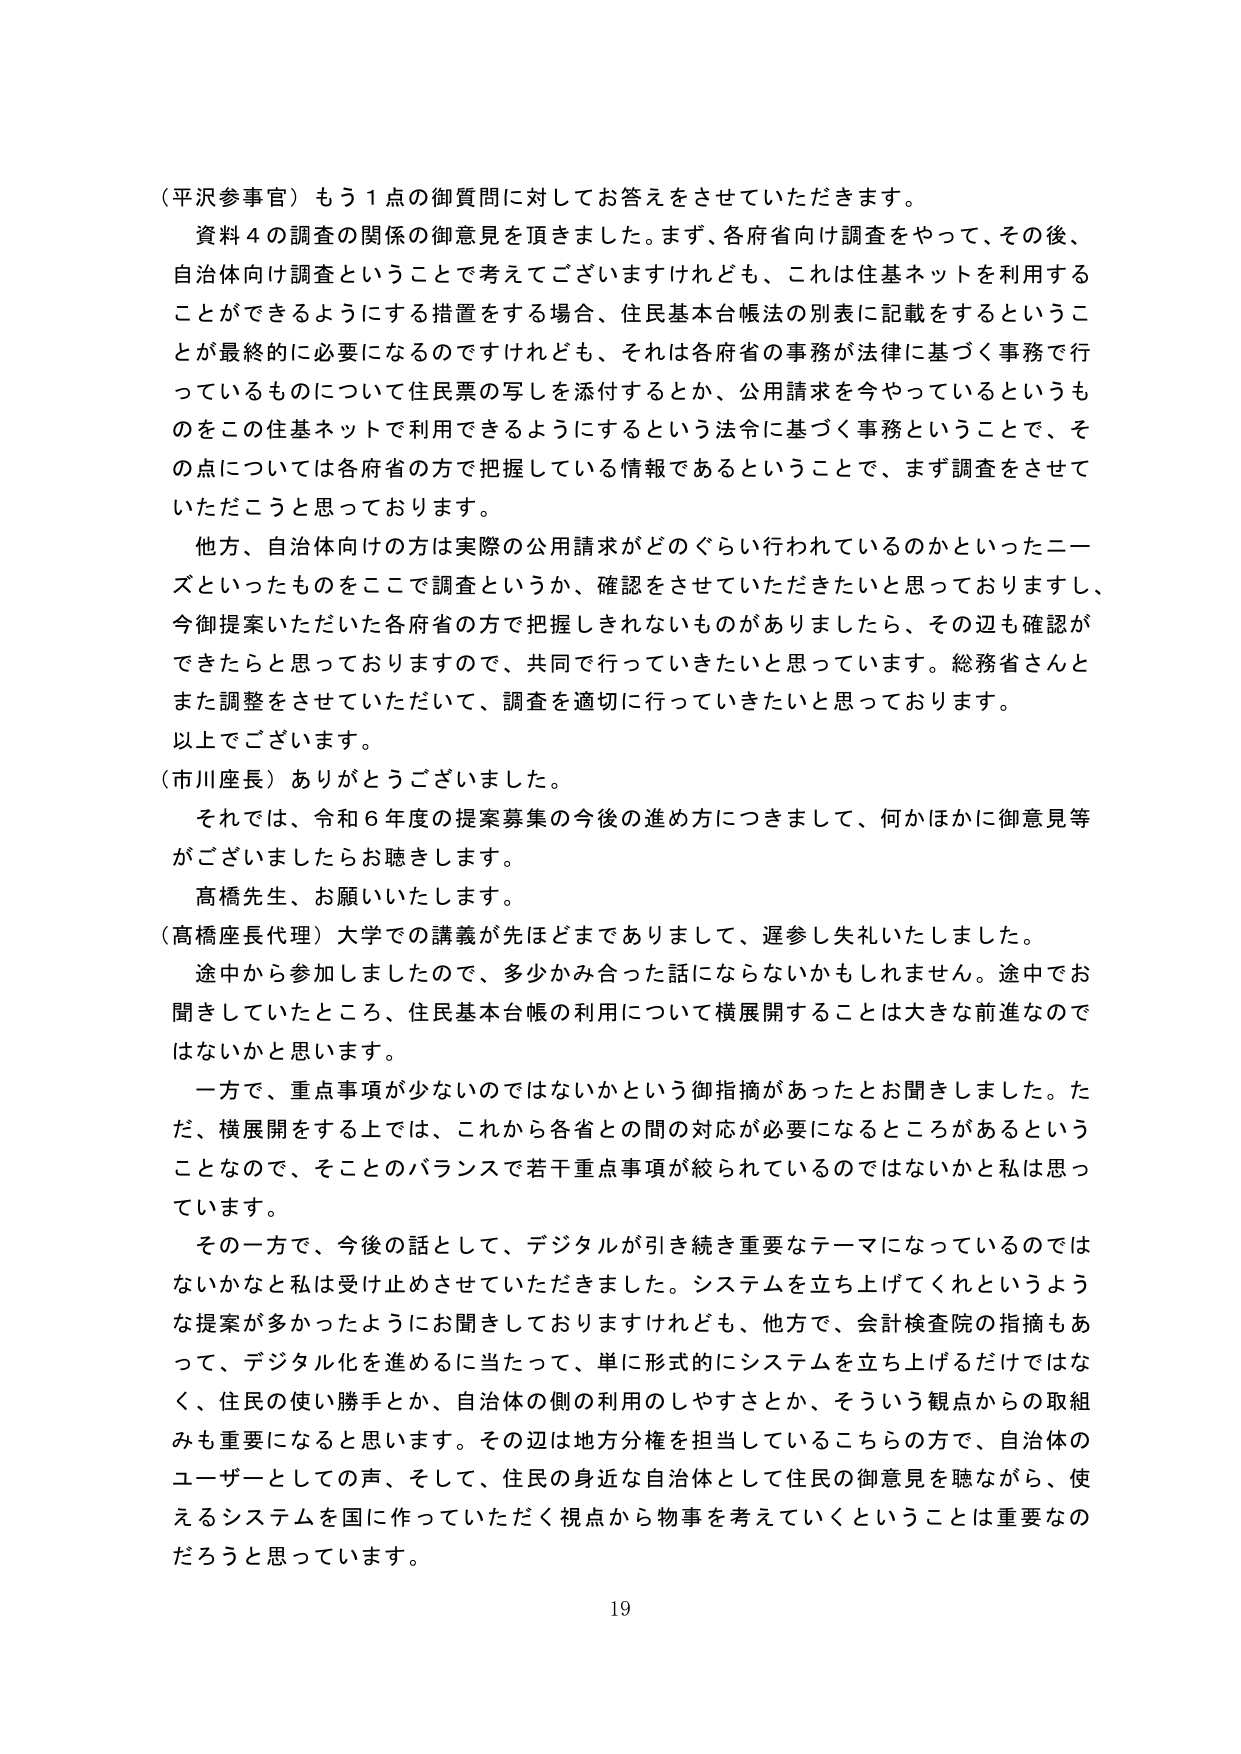
（平沢参事官）もう１点の御質問に対してお答えをさせていただきます。
資料４の調査の関係の御意見を頂きました。まず、各府省向け調査をやって、その後、
自治体向け調査ということで考えてございますけれども、これは住基ネットを利用する
ことができるようになる措置をする場合、住民基本台帳法の別表に記載をするというこ
とが最終的に必要になるのですけれども、それは各府省の事務が法律に基づく事務で行
っているものについて住民票の写しを添付するとか、公用請求を今やっているというも
のをこの住基ネットで利用できるようにするという法令に基づく事務ということで、そ
の点については各府省の方で把握している情報であるということで、まず調査をさせて
いただこうと思っております。

他方、自治体向けの方は実際の公用請求がどのぐらい行われているのかといったニー
ズといったものをここで調査というか、確認をさせていただきたいと思っておりますし、
今御提案いただいた各府省の方で把握しきれないものがありましたら、その辺も確認が
できたらと思っておりますので、共同で行っていきたいと思っています。総務省さんと
また調整をさせていただいて、調査を適切に行っていきたいと思っております。
以上でございます。

（市川座長）ありがとうございました。
それでは、令和６年度の提案募集の今後の進め方につきまして、何かほかに御意見等
がございましたらお聴きします。
高橋先生、お願いいたします。

（高橋座長代理）大学での講義が先ほどまでありまして、遅参し失礼いたしました。
途中から参加しましたので、多少かみ合った話にならないかもしれません。途中でお
聞きしていたところ、住民基本台帳の利用について横展開することは大きな前進なので
はないかと思います。

一方で、重点事項が少ないのではないかという御指摘があったとお聞きしました。た
だ、横展開をする上では、これから各省との間の対応が必要になるところがあるという
ことなので、そこのバランスで若干重点事項が絞られているのではないかとは思っ
ています。

その一方で、今後の話として、デジタルが引き続き重要なテーマになっているのでは
ないかなと私は受け止めさせていただきました。システムを立ち上げてくれというよう
な提案が多かったようにお聞きしておりますけれども、他方で、会計検査院の指摘もあ
って、デジタル化を進めるに当たって、単に形式的にシステムを立ち上げるだけではな
く、住民の使い勝手とか、自治体の側の利用のしやすさとか、そういう観点からの取組
みも重要になると思います。その辺は地方分権を担当しているこちらの方で、自治体の
ユーザーとしての声、そして、住民の身近な自治体として住民の御意見を聴ながら、使
えるシステムを国に作っていただく視点から物事を考えていくということは重要なの
だろうと思っています。

19